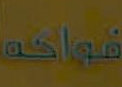
تواجه